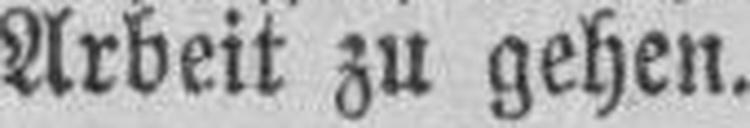
Arbeit zu gehen.